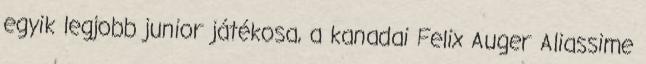
egyik legjobb junior játékosa, a kanadai Felix Auger Aliassime